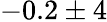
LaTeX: -0.2\pm 4